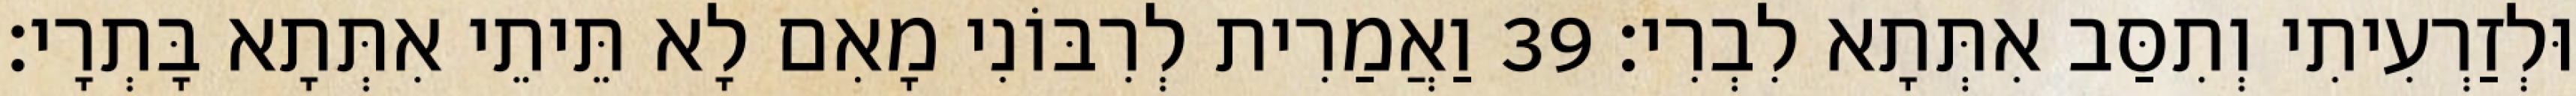
וּלְזַרְעִיתִי וְתִסַּב אִתְּתָא לִבְרִי׃ 39 וַאֲמַרִית לְרִבּוֹנִי מָאִם לָא תֵּיתֵי אִתְּתָא בָּתְרָי׃